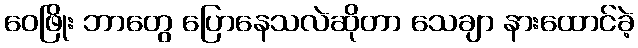
ဝေဖြိုး ဘာတွေ ပြောနေသလဲဆိုတာ သေချာ နားထောင်ခဲ့